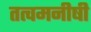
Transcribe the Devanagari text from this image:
तत्वमनीषी